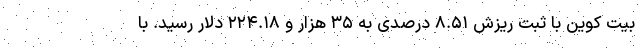
بیت کوین با ثبت ریزش ۸.۵۱ درصدی به ۳۵ هزار و ۲۲۴.۱۸ دلار رسید. با